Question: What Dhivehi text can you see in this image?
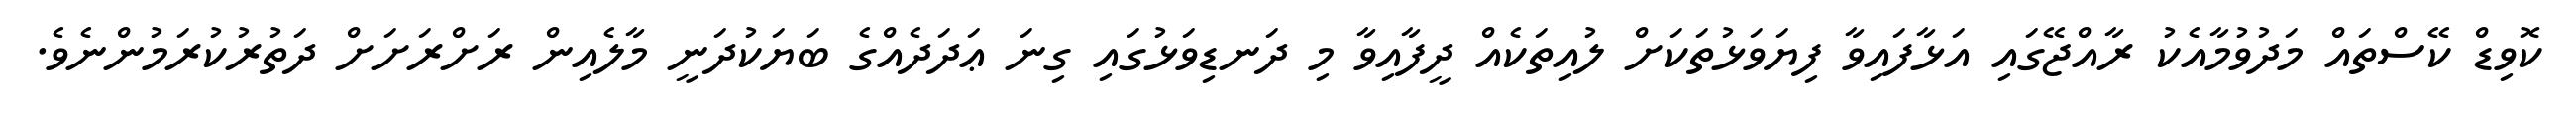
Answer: ކޮވިޑް ކޭސްތައް މަދުވުމާއެކު ރާއްޖޭގައި އަޅާފައިވާ ފިޔަވަޅުތަކަށް ލުއިތަކެއް ދީފާއިވާ މި ދަނޑިވަޅުގައި ގިނަ ޢަދަދެއްގެ ބަޔަކުދަނީ މާލެއިން ރަށްރަށަށް ދަތުރުކުރަމުންނެވެ.